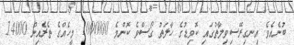
ބުނެއެވެ. އިނގިރޭސިވިލާތުގައި ކޮވިޑުގެ ހާލަތު ގޯސްވެ ކޮންމެ 1000000 މީހެއްގެ ތެރެއިން 14000